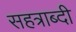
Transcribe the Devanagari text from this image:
सहत्राब्दी